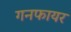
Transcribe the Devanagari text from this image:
गनफायर